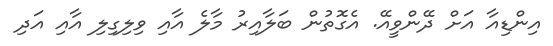
އިންޑިއާ އަށް ދޭންވީއޭ. އެގޮތުން ބަލާއިރު މާލެ އާއި ވިލިގިލި އާއި އަދި